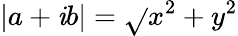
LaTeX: |a+\mathit{i}b|=\sqrt{}{{x^{2}+y^{2}}}